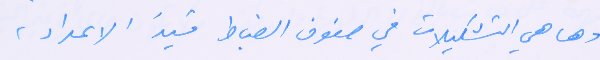
وها هي التشكيلات في صفوف الضباط قيدَ الاعداد،